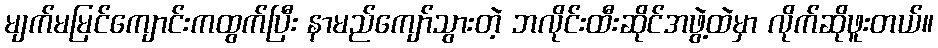
မျက်မမြင်ကျောင်းကထွက်ပြီး နာမည်ကျော်သွားတဲ့ ဘလိုင်းထီးဆိုင်အဖွဲ့ထဲမှာ လိုက်ဆိုဖူးတယ်။